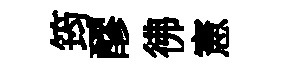
筠醪彿憲